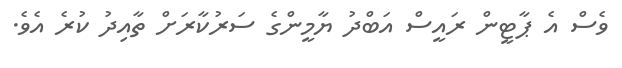
ވެސް އެ ޕާޓީން ރައީސް އަބްދު ޔާމީންގެ ސަރުކާރަށް ތާއިދު ކުރެ އެވެ.